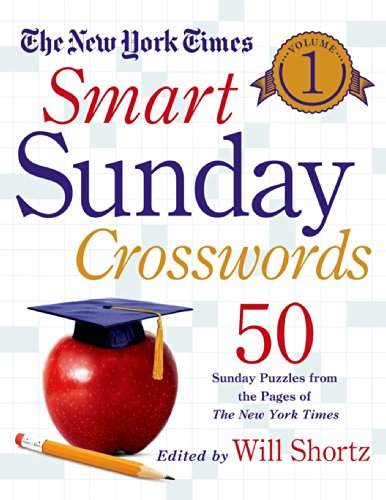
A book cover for The New York Times Smart Sunday Crosswords Volume 1: 50 Sunday Puzzles from the Pages of The New York Times; The New York Times; Humor & Entertainment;